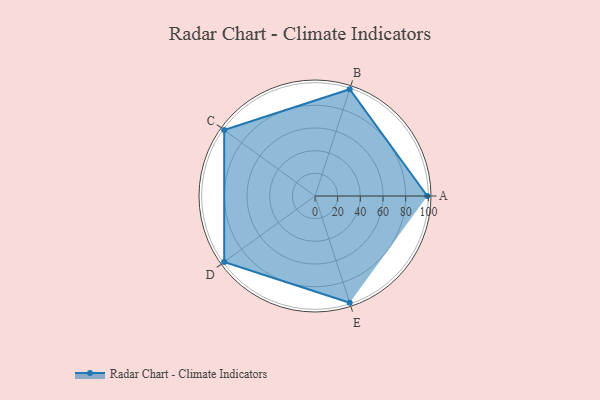
{"axis": {"x": "Skill", "y": "Score"}, "legend": ["Profile"], "data": [{"x": "A", "y": 99, "type": "Profile"}, {"x": "B", "y": 99, "type": "Profile"}, {"x": "C", "y": 99, "type": "Profile"}, {"x": "D", "y": 99, "type": "Profile"}, {"x": "E", "y": 99, "type": "Profile"}]}